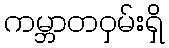
ကမ္ဘာတဝှမ်းရှိ